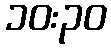
၁၀:၃၀